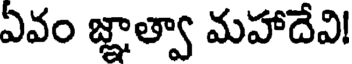
ఏవం జ్ఞాత్వా మహాదేవి!